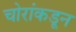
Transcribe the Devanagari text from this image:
चोरांकडून